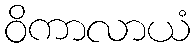
ဝိကာလာယံ